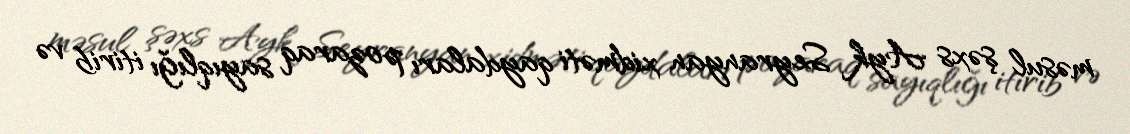
məsul şəxs Ayk Seyranyan xidməti qaydaları pozaraq sayıqlığı itirib və